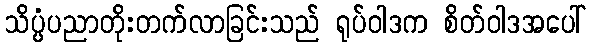
သိပ္ပံပညာတိုးတက်လာခြင်းသည် ရုပ်ဝါဒက စိတ်ဝါဒအပေါ်